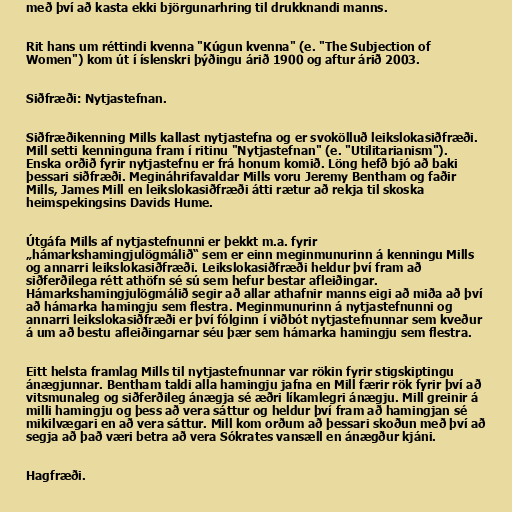
með því að kasta ekki björgunarhring til drukknandi manns.

Rit hans um réttindi kvenna "Kúgun kvenna" (e. "The Subjection of
Women") kom út í íslenskri þýðingu árið 1900 og aftur árið 2003.

Siðfræði: Nytjastefnan.

Siðfræðikenning Mills kallast nytjastefna og er svokölluð leikslokasiðfræði.
Mill setti kenninguna fram í ritinu "Nytjastefnan" (e. "Utilitarianism").
Enska orðið fyrir nytjastefnu er frá honum komið. Löng hefð bjó að baki
þessari siðfræði. Megináhrifavaldar Mills voru Jeremy Bentham og faðir
Mills, James Mill en leikslokasiðfræði átti rætur að rekja til skoska
heimspekingsins Davids Hume.

Útgáfa Mills af nytjastefnunni er þekkt m.a. fyrir
„hámarkshamingjulögmálið“ sem er einn meginmunurinn á kenningu Mills
og annarri leikslokasiðfræði. Leikslokasiðfræði heldur því fram að
siðferðilega rétt athöfn sé sú sem hefur bestar afleiðingar.
Hámarkshamingjulögmálið segir að allar athafnir manns eigi að miða að því
að hámarka hamingju sem flestra. Meginmunurinn á nytjastefnunni og
annarri leikslokasiðfræði er því fólginn í viðbót nytjastefnunnar sem kveður
á um að bestu afleiðingarnar séu þær sem hámarka hamingju sem flestra.

Eitt helsta framlag Mills til nytjastefnunnar var rökin fyrir stigskiptingu
ánægjunnar. Bentham taldi alla hamingju jafna en Mill færir rök fyrir því að
vitsmunaleg og siðferðileg ánægja sé æðri líkamlegri ánægju. Mill greinir á
milli hamingju og þess að vera sáttur og heldur því fram að hamingjan sé
mikilvægari en að vera sáttur. Mill kom orðum að þessari skoðun með því að
segja að það væri betra að vera Sókrates vansæll en ánægður kjáni.

Hagfræði.